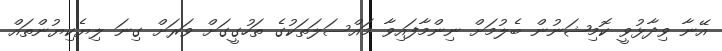
އޭނާ ވިދާޅުވީ ކޮމިޝަނުން ބެލުމަށް ނިންމާފައިވާ މައްސަލަތަކުގެ ތަހުގީގަށް ވަރަށް ގިނަ ލިޔެކިޔުންތައް